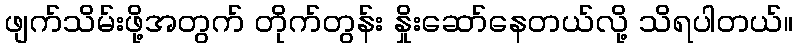
ဖျက်သိမ်းဖို့အတွက် တိုက်တွန်း နှိုးဆော်နေတယ်လို့ သိရပါတယ်။